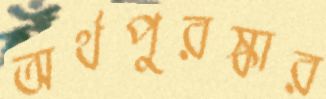
অর্থপুরস্কার